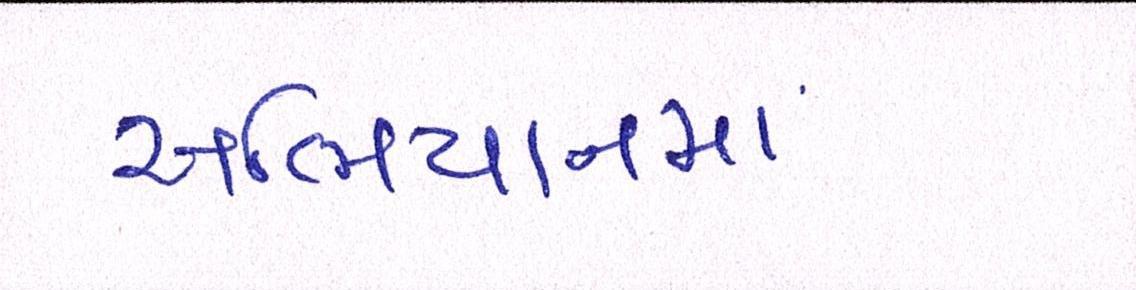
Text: અભિયાનમાં